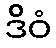
ဒိဝံ